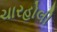
ચારહોલી